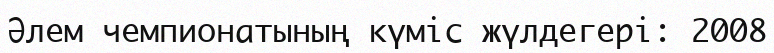
Әлем чемпионатының күміс жүлдегері: 2008